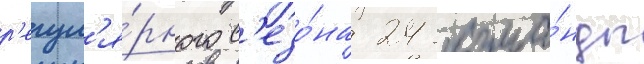
р'егул'я́рного с'езо́на 24 кома́нды